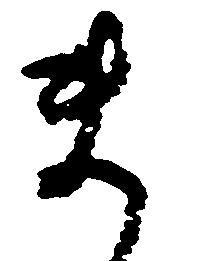
ま